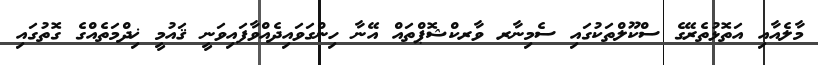
މާލެއާއި އަތޮޅުތެރޭގެ ސްކޫލްތަކުގައި ސެމިނާރ ވާރކްޝޮޕްތައް އޭނާ ހިންގަވައިދެއްވާފައިވަނީ ޤައުމީ ޚިދްމަތެއްގެ ގޮތުގައި